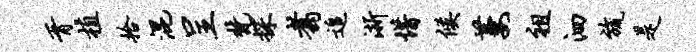
胥植拾混呈梵探翥追浙惜候萋祖泗旒是